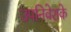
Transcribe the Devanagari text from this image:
उपनिवेशके